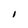
Character: i